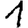
Digit: 1